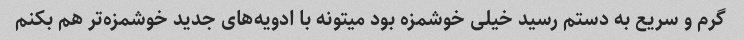
گرم و سریع به دستم رسید خیلی خوشمزه بود میتونه با ادویه‌های جدید خوشمزه‌تر هم بکنم